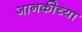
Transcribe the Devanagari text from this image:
जानकीच्या